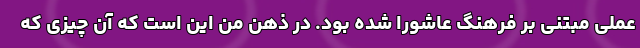
عملی مبتنی بر فرهنگ عاشورا شده بود. در ذهن من این است که آن چیزی که